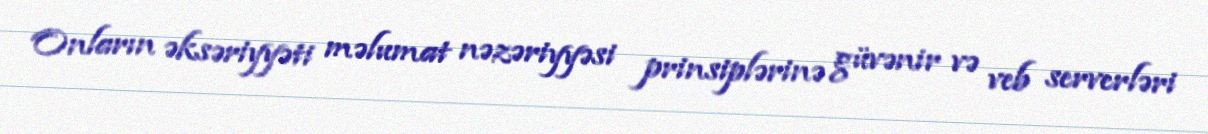
Onların əksəriyyəti məlumat nəzəriyyəsi prinsiplərinə güvənir və veb serverləri